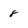
Character: 8